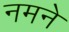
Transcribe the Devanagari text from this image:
नमने